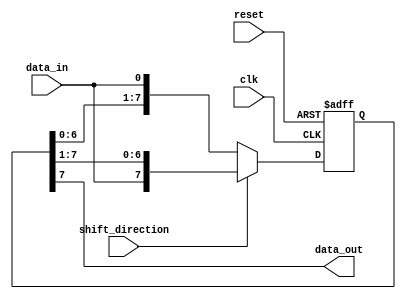
module Shift_Register (
    input wire clk, // Clock input
    input wire reset, // Reset input
    input wire data_in, // Input data line
    input wire shift_direction, // Control signal for shift direction
    output reg data_out // Output for shifted data
);

parameter WIDTH = 8; // Number of flip-flops in the register

reg [WIDTH-1:0] reg_data; // Register data

always @ (posedge clk or posedge reset) begin
    if (reset) begin
        reg_data <= 0;
    end else begin
        if (shift_direction) begin // Shift right
            reg_data <= {data_in, reg_data[WIDTH-1:1]};
        end else begin // Shift left
            reg_data <= {reg_data[WIDTH-2:0], data_in};
        end
    end
end

assign data_out = reg_data[WIDTH-1]; // Output the most significant bit

endmodule